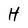
Character: H